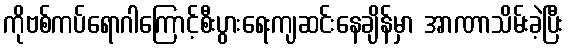
ကိုဗစ်ကပ်ရောဂါကြောင့်စီးပွားရေးကျဆင်းနေချိန်မှာ အာဏာသိမ်းခဲ့ပြီး